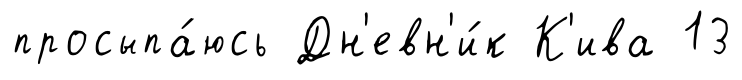
просыпа́юсь Дн'евн'и́к К'ива 13